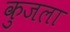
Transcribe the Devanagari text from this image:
कुजला